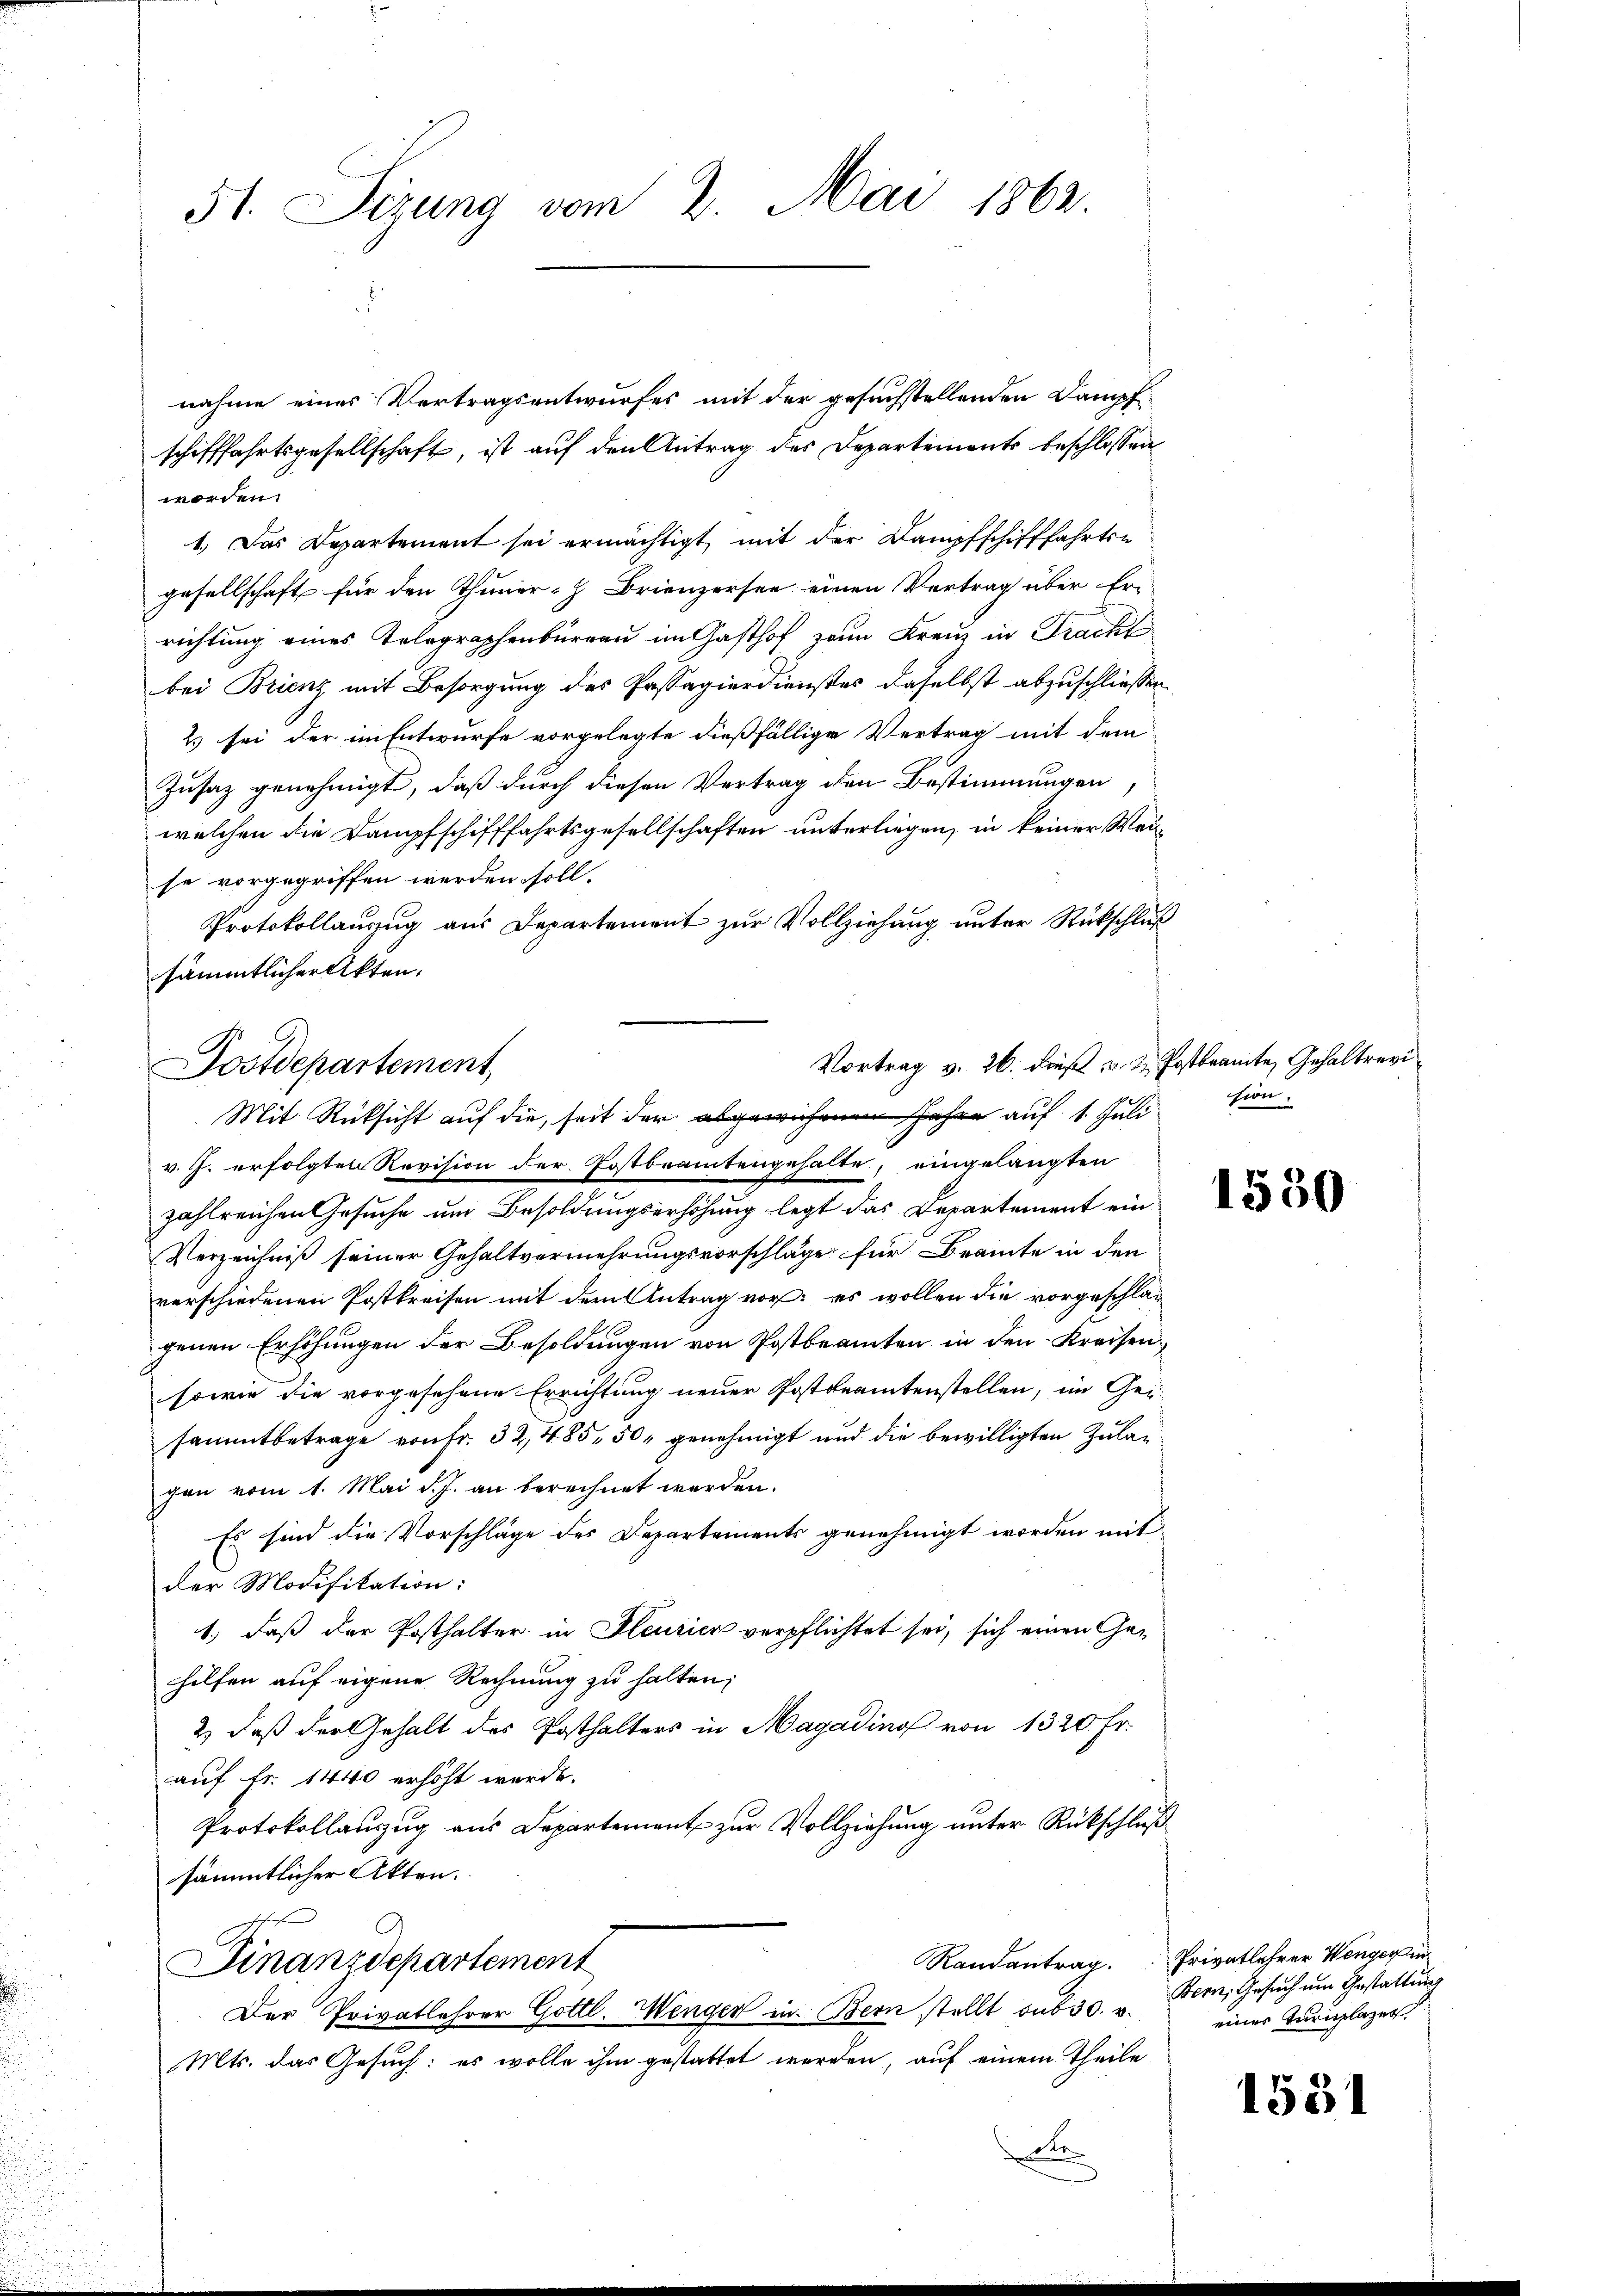
nahme eines Vertragsentwurfes mit der gesuchstellenden Dampfschifffahrtsgesellschaft, ist auf den Antrag des Departements beschlossen
worden.
1.) Das Departement sei ermächtigt, mit der Dampfschifffahrts-
gesellschaft für den Thuner- Brienzersee einen Vertrag über Er-
richtung eines Telegraphenbureau im Gasthof zum Kreuz in Tracht
bei Brienz mit Besorgung des Passagierdienstes daselbst abzuschliessen
2) sei der im Entwurfe vorgelegte dießfällige Vertrag mit dem
Zusatz genehmigt, daß durch diesen Vertrag den Bestimmungen,
welchen die Dampfschifffahrtsgesellschaften unterliegen, in keiner Wei-
se vorgegriffen werden soll.
Protokollauszug aus Departement zur Vollziehung unter Rückschluß
sämmtlicher Akten.

51. Sizung vom 2. Mai 1862.

Vortrag v. 26. dieß v. u. Postbeamte Gehaltrevi¬
Postdepartement
Mit Rücksicht auf die, seit der abgewiesenen Jahre auf 1. Juli

v. J. erfolgten Revision der Postbeamtengehalte, eingelangten
zahlreichen Gesuche um Besoldungserhöhung legt das Departement ein
Verzeichniß seiner Gehaltvermehrungsvorschläge für Beamte in den
verschiedenen Postkreisen mit dem Antrag vor; es wollen die vorgeschlagenen Erhöhungen der Besoldungen von Postbeamten in den Kreisen¬
sowie die vorgesehene Errichtung neuer Postbeamtenstellen, im Ge-
sammtbetrage von Fr. 32, 485, 50 genehmigt und die bewilligten Zulag
gen vom 1. Mai d. J. an berechnet werden.
Es sind die Vorschläge des Departements genehmigt worden mit
der Modifikation:
1.) daß der Posthalter in Bleusick verpflichtet sei, sich einen Gehilfen auf eigene Rechnung zu halten;
2) daß der Gehalt des Posthalters in Magadino von 1320 Fr.
auf Fr. 1440 erhöht werde.
Protokollauszug aus Departement zur Vollziehung unter Rückschluß
sämmtlicher Akten.
Finanzdepartement
Der Privatlehrer Gottl. Wenger in Bern stellt sub 30. v.
Mts. das Gesuch: es wolle ihm gestattet werden, auf einem Theile
dr

Randantrag. Privatlehrer Wengerin

sion.

1530

Bern, Gesuch um Gestaltung
einer Turnplazen

1551